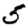
Digit: 5